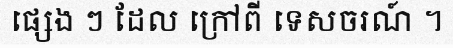
ផ្សេង ៗ ដែល ក្រៅពី ទេសចរណ៍ ។